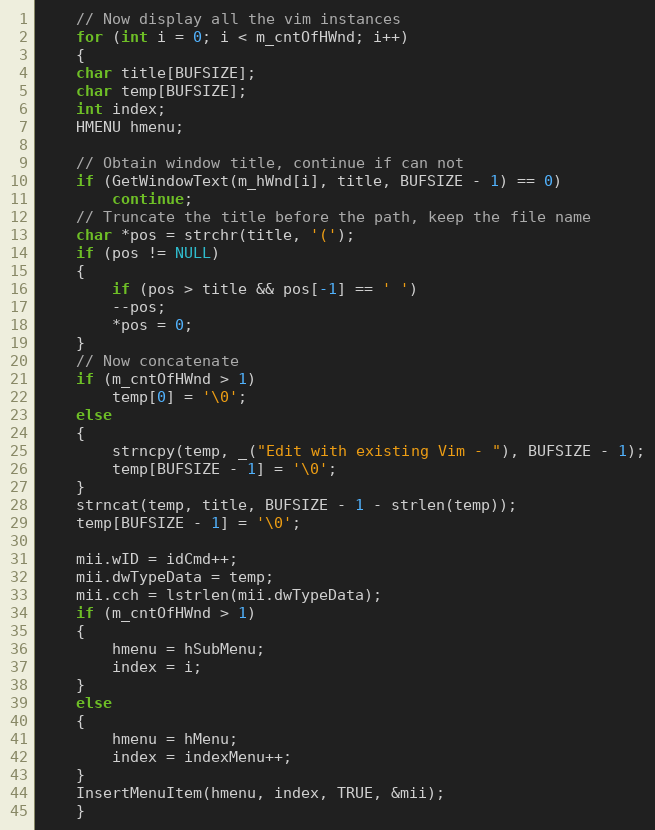
Language: C++
    // Now display all the vim instances
    for (int i = 0; i < m_cntOfHWnd; i++)
    {
	char title[BUFSIZE];
	char temp[BUFSIZE];
	int index;
	HMENU hmenu;

	// Obtain window title, continue if can not
	if (GetWindowText(m_hWnd[i], title, BUFSIZE - 1) == 0)
	    continue;
	// Truncate the title before the path, keep the file name
	char *pos = strchr(title, '(');
	if (pos != NULL)
	{
	    if (pos > title && pos[-1] == ' ')
		--pos;
	    *pos = 0;
	}
	// Now concatenate
	if (m_cntOfHWnd > 1)
	    temp[0] = '\0';
	else
	{
	    strncpy(temp, _("Edit with existing Vim - "), BUFSIZE - 1);
	    temp[BUFSIZE - 1] = '\0';
	}
	strncat(temp, title, BUFSIZE - 1 - strlen(temp));
	temp[BUFSIZE - 1] = '\0';

	mii.wID = idCmd++;
	mii.dwTypeData = temp;
	mii.cch = lstrlen(mii.dwTypeData);
	if (m_cntOfHWnd > 1)
	{
	    hmenu = hSubMenu;
	    index = i;
	}
	else
	{
	    hmenu = hMenu;
	    index = indexMenu++;
	}
	InsertMenuItem(hmenu, index, TRUE, &mii);
    }